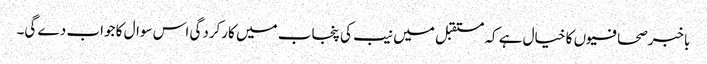
باخبرصحافیوں کا خیال ہے کہ مستقبل میں نیب کی پنجاب میں کارکردگی اس سوال کا جواب دے گی۔